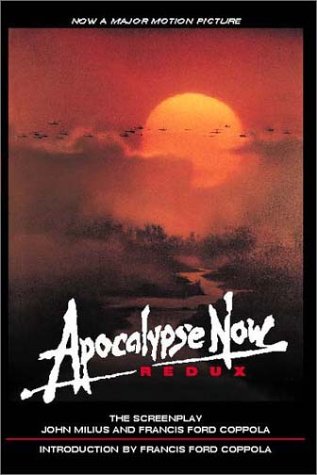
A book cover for Apocalypse Now Redux : A Screenplay; Francis Ford Coppola; Humor & Entertainment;